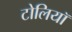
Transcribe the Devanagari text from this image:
टोलियॉ